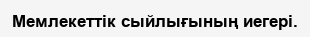
Мемлекеттік сыйлығының иегері.